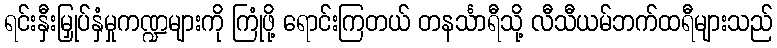
ရင်းနှီးမြှုပ်နှံမှုကဏ္ဍများကို ကြုံဖို့ ရောင်းကြတယ် တနင်္သာရီသို့ လီသီယမ်ဘက်ထရီများသည်